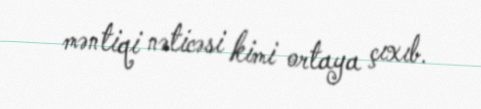
məntiqi nəticəsi kimi ortaya çıxıb.